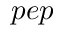
p e p